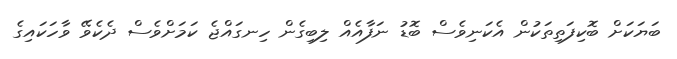
ބަޔަކަށް ބޮކިފަތިތަކުން އެކަނިވެސް ބޮޑު ނަފާއެއް ލިބިގެން ހިނގައްޖެ ކަމަށްވެސް ދެކެވޭ ވާހަކައިގެ